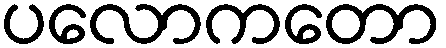
ပလောကတော